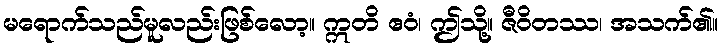
မရောက်သည်မူလည်းဖြစ်လော့။ ဣတိ ဧဝံ၊ ဤသို့။ ဇီဝိတဿ၊ အသက်၏။